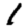
Digit: 1